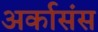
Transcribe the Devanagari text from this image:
अर्कासंस